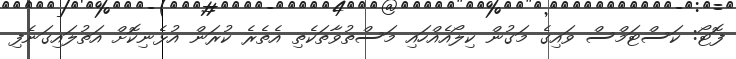
ފޮޓޯ: ކަސްޓަމްސް ވައިގެ މަގުން ކިލޯއެއްހައި މަސްތުވާތަކެތި އެތެރެ ކުރަން އުޅެނިކޮށް އަތުލައިގަނެފި